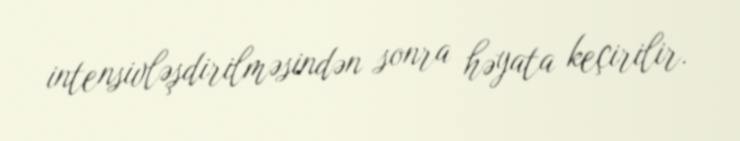
intensivləşdirilməsindən sonra həyata keçirilir.